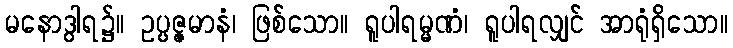
မနောဒွါရ၌။ ဥပ္ပဇ္ဇမာနံ၊ ဖြစ်သော။ ရူပါရမ္မဏံ၊ ရူပါရလျှင် အာရုံရှိသော။